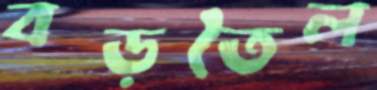
বড়তৈল